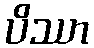
ပိဿာ